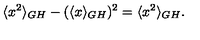
\langle x ^ { 2 } \rangle _ { G H } - ( \langle x \rangle _ { G H } ) ^ { 2 } = \langle x ^ { 2 } \rangle _ { G H } .